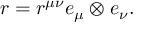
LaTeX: r = r ^ { \mu \nu } e _ { \mu } \otimes e _ { \nu } .